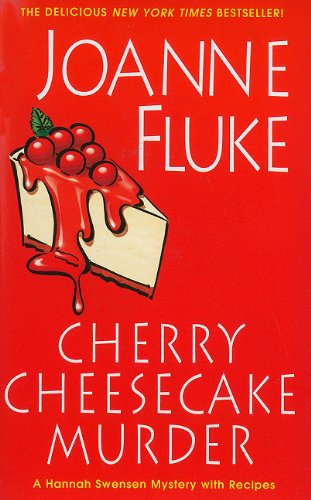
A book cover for Cherry Cheesecake Murder (A Hannah Swensen Mystery); Joanne Fluke; Mystery, Thriller & Suspense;